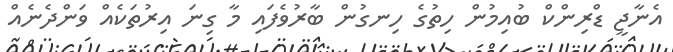
އެނާޖީ ޑްރިންކް ބުއިމުން ހިތުގެ ހިނގުން ބާރުވެފައި މާ ގިނަ އިރުތަކެއް ވަންދެނެއް